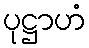
ပုဋ္ဌာဟံ